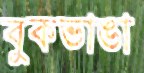
বুকভাঙা